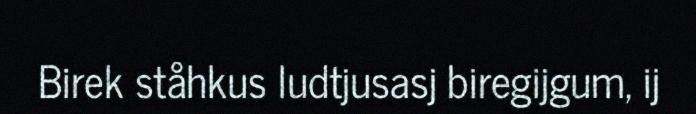
Birek ståhkus ludtjusasj biregijgum, ij